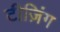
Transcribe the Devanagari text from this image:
टीज़िंग